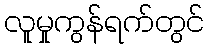
လူမှုကွန်ရက်တွင်